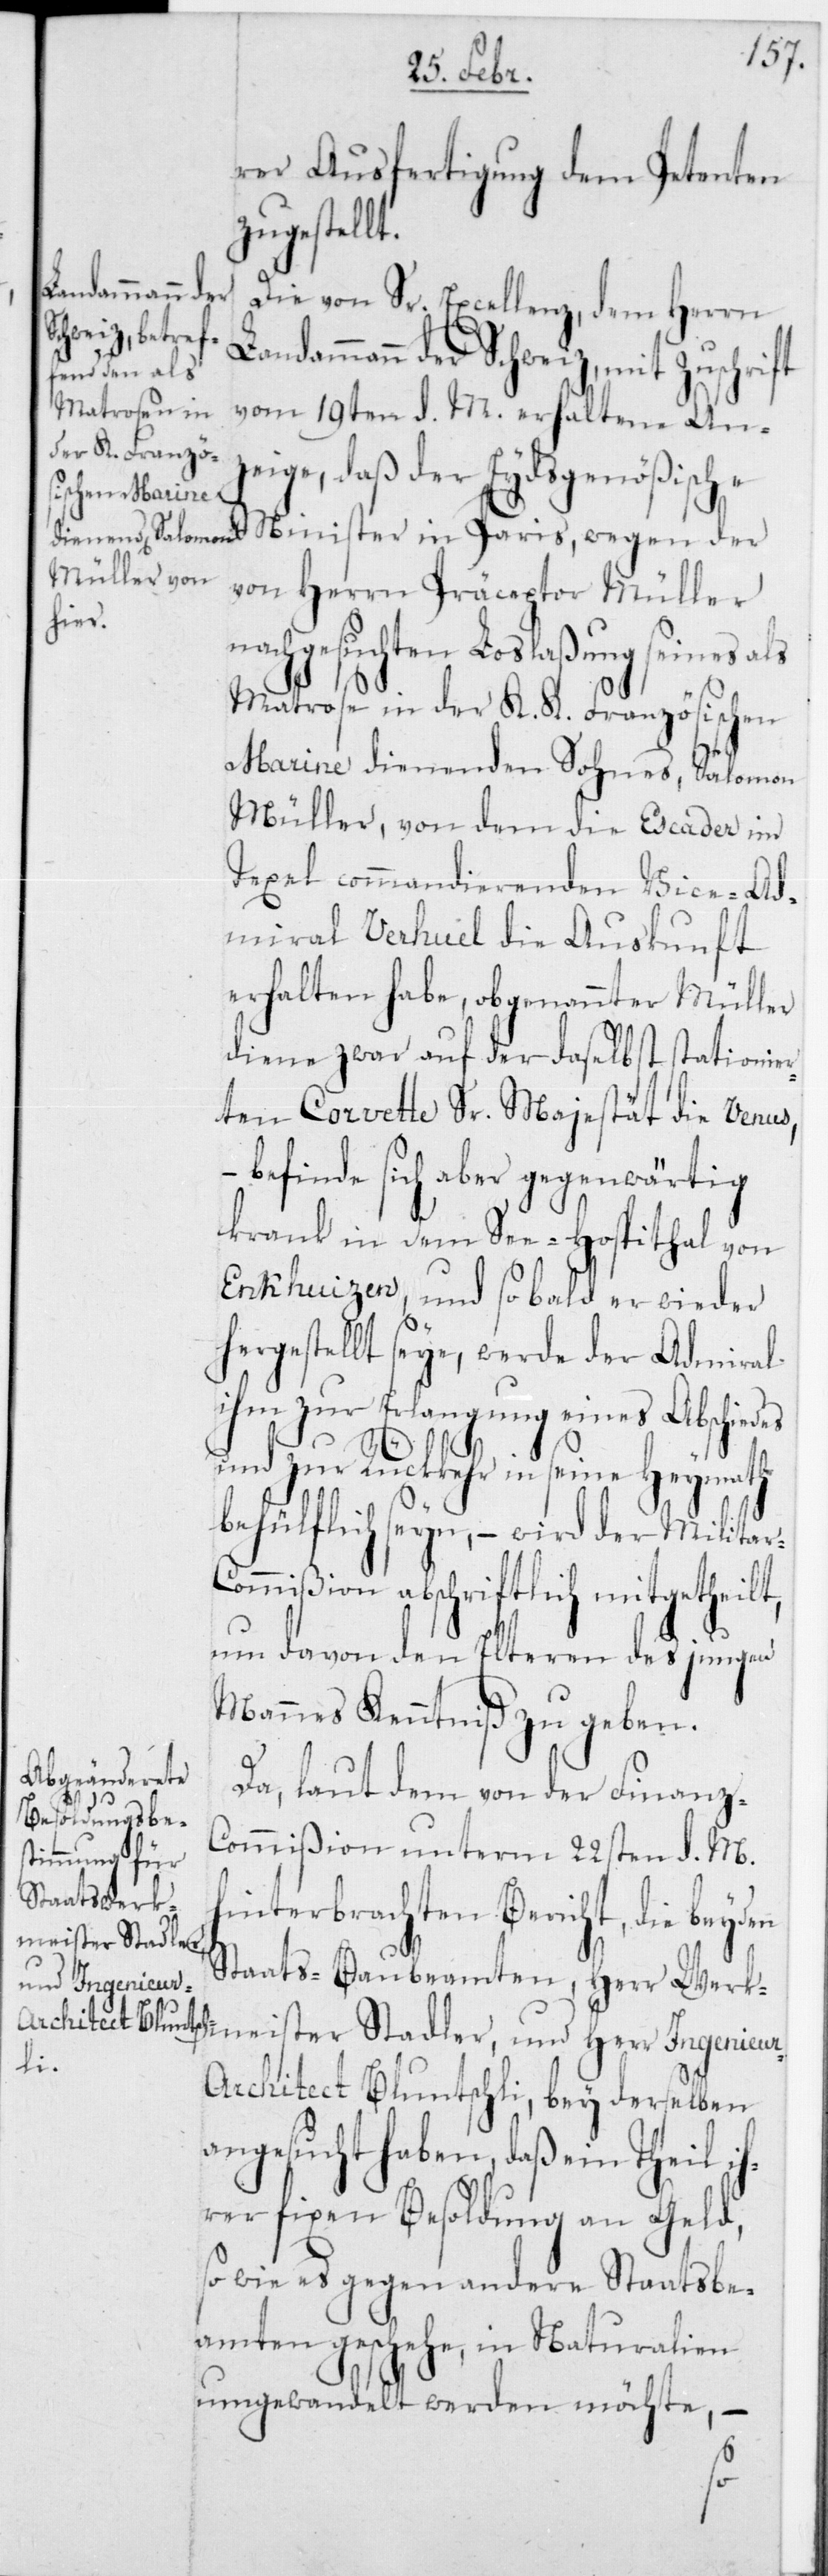
rer Ausfertigung dem Petenten
zugestellt.
Ingenieur-A¬
Die von Sr. Excellenz dem Herrn
Landammann der Schweiz mit Zuschrift
vom 19ten d. M. erhaltene Anz¬
eige, daß der Eydsgenößische
Minister in Paris, wegen der
von Herrn Präceptor Müller
nachgesuchten Loslaßung seines
Matrose in der K. K. Französischen
Marine dienenden Sohnes, Salomon
Müller, von dem die Escader im
Texel commandierenden Vice-Ad¬
miral Verhuil die Auskunft
erhalten habe, obgenannter Müller
diene zwar auf der daselbst stationier¬
ten Corvette Sr. Majestät die Venus,
– befinde sich aber gegenwärtig
krank in dem See-Hospithal von
Enkhuizen, und sobald er wieder
hergestellt seye, werde der Admiral
ihm zur Erlangung eines Abschiedes
und zur Rückkehr in seine Heymath
behülflich seyn, – wird der Militar-C¬
ommißion abschriftlich mitgetheilt,
um davon den Elteren des jungen
Mannes Kenntniß zu geben.
Da, laut dem von der Finanz-C¬
ommißion unterm 22sten d. M.
hinterbrachten Bericht, die beyden
meister Stadler
Staats-Baubeamten, Herr Werk¬
rchitect Bluntschli, bei derselben
angesucht haben, daß ein Theil i¬
hrer fixen Besoldung an Geld,
sowie es gegen andere Staatsbe¬
amten geschehe, in Naturalien
umgewandelt werden möchte, –